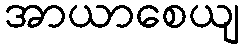
အာယာစေယျ